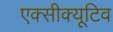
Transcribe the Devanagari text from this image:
एक्सीक्यूटिव